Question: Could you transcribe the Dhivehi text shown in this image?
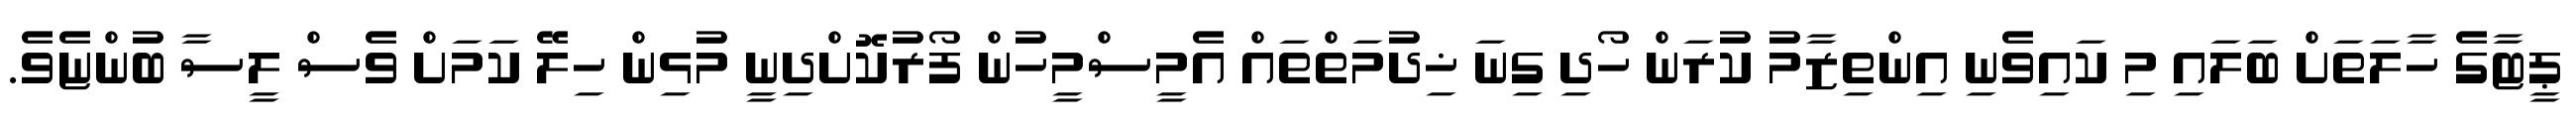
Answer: ޕީޓާގެ ހާލަތަށް ބަލައި މި ކައިވެނި އިންތިޒާމު ކުރަން ހޯދި ގިނަ ޚިދުމަތްތައް އެމީސްމީހުން ފޯރުކޮށްދިނީ މުޅިން ހިލޭ ކަމަށް ވެސް ލީސާ ބުންޏެވެ.